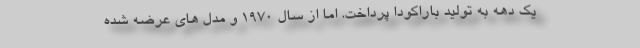
یک دهه به تولید باراکودا پرداخت. اما از سال 1970 و مدل های عرضه شده